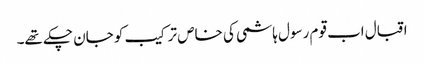
اقبال اب قوم رسول ہاشمی کی خاص ترکیب کو جان چکے تھے۔